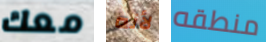
معك لأنه منطقه